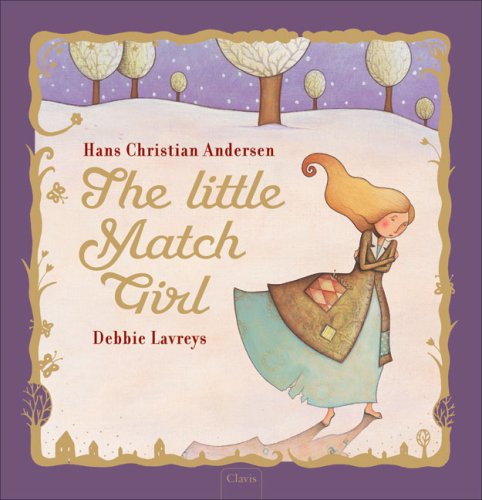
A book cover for The Little Match Girl; Hans Christian Andersen; Children's Books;